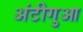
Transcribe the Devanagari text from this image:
अंटीगुआ